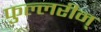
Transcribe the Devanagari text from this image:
फुल्लरीन्